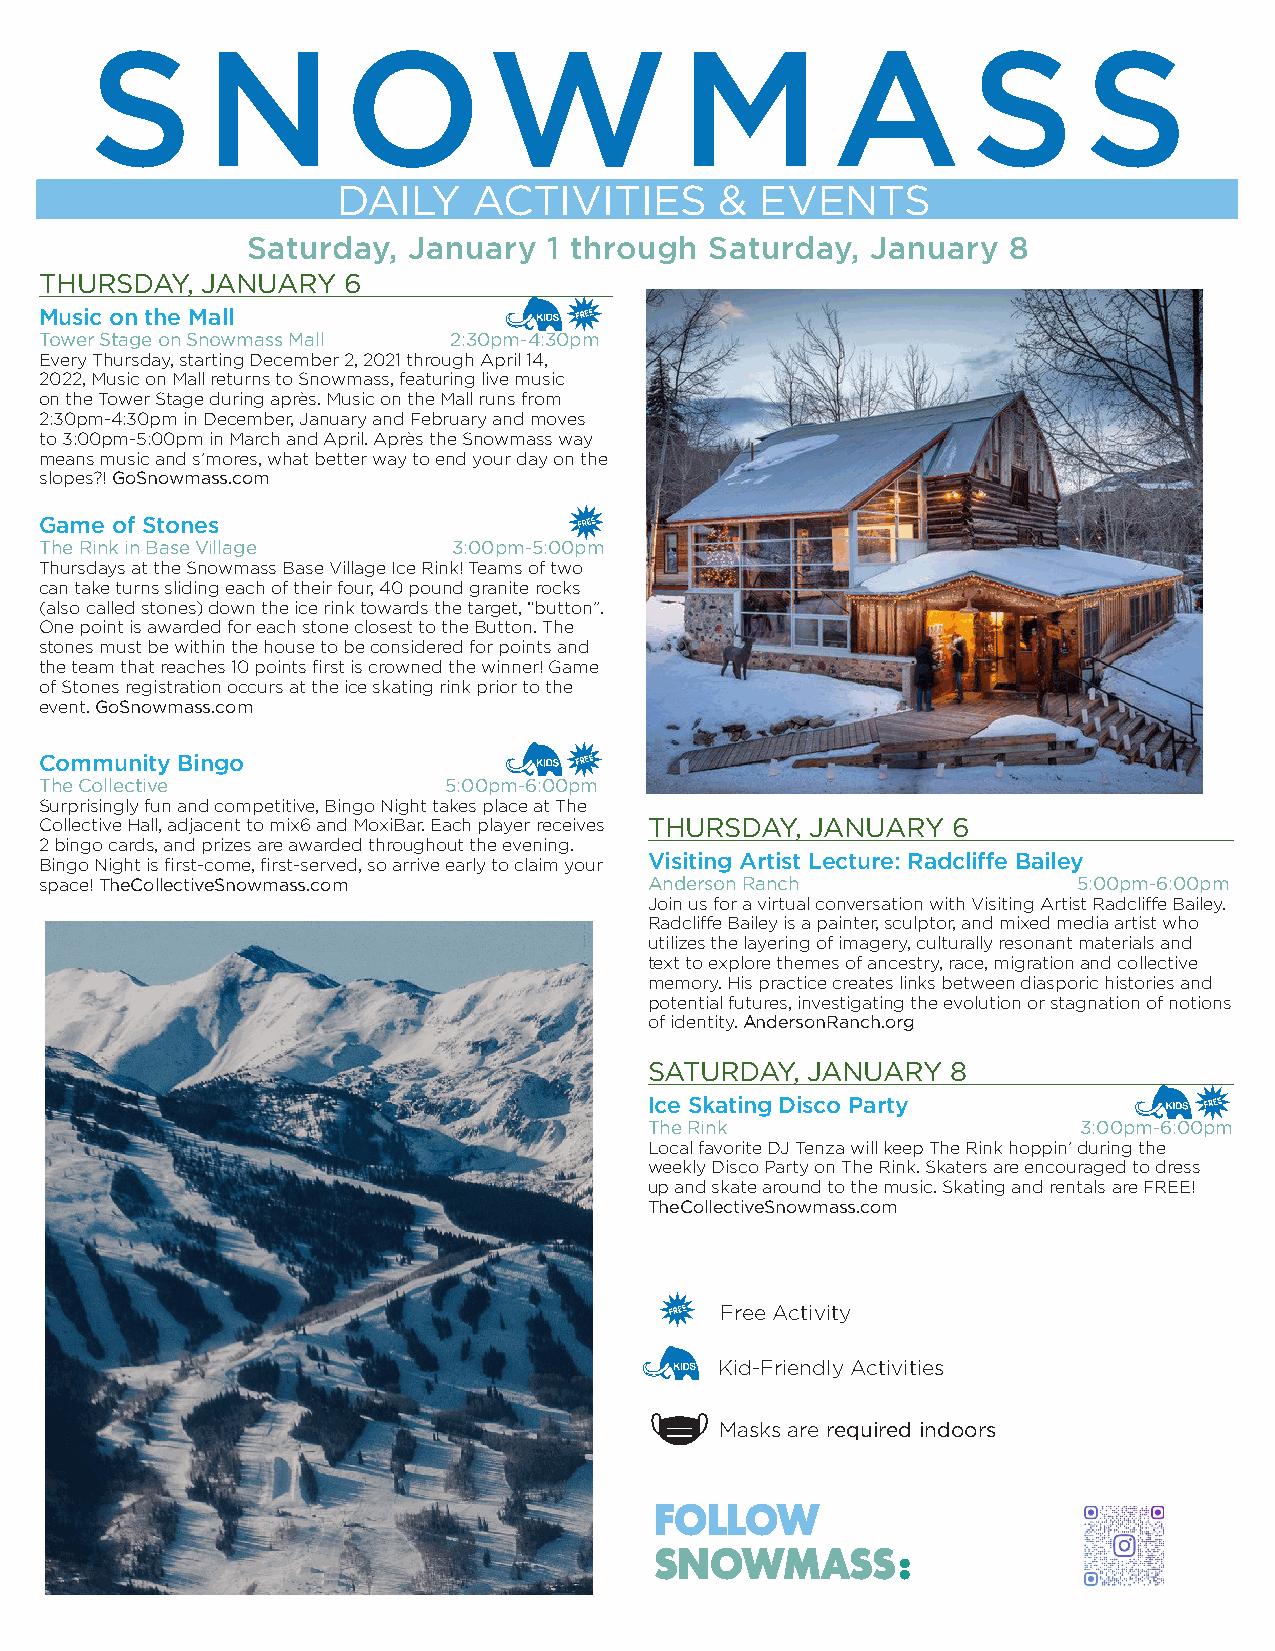
S       N        OW                    M         A        S       S
 DAILY    ACTIVITIES       & EVENTS
 Saturday,  January  1 through  Saturday,  January  8
 THURSDAY, JANUARY   6
 Music on the Mall
 Tower Stage on Snowmass Mall 2:30pm-4:30pm
 Every Thursday, starting December 2, 2021 through April 14,
 2022, Music on Mall returns to Snowmass, featuring live music
 on the Tower Stage during après. Music on the Mall runs from
 2:30pm-4:30pm in December, January and February and moves
 to 3:00pm-5:00pm in March and April. Après the Snowmass way
 means music and s’mores, what better way to end your day on the
 slopes?! GoSnowmass.com
 Game of Stones
 The Rink in Base Village   3:00pm-5:00pm
 Thursdays at the Snowmass Base Village Ice Rink! Teams of two
 can take turns sliding each of their four, 40 pound granite rocks
 (also called stones) down the ice rink towards the target, “button”.
 One point is awarded for each stone closest to the Button. The
 stones must be within the house to be considered for points and
 the team that reaches 10 points first is crowned the winner! Game
 of Stones registration occurs at the ice skating rink prior to the
 event. GoSnowmass.com
 Community Bingo
 The Collective            5:00pm-6:00pm
 Surprisingly fun and competitive, Bingo Night takes place at The
 Collective Hall, adjacent to mix6 and MoxiBar. Each player receives THURSDAY, JANUARY 6
 2 bingo cards, and prizes are awarded throughout the evening.
 Bingo Night is first-come, first-served, so arrive early to claim your Visiting Artist Lecture: Radcliffe Bailey
 space! TheCollectiveSnowmass.com        Anderson Ranch              5:00pm-6:00pm
 Join us for a virtual conversation with Visiting Artist Radcliffe Bailey.
 Radcliffe Bailey is a painter, sculptor, and mixed media artist who
 utilizes the layering of imagery, culturally resonant materials and
 text to explore themes of ancestry, race, migration and collective
 memory. His practice creates links between diasporic histories and
 potential futures, investigating the evolution or stagnation of notions
 of identity. AndersonRanch.org
 SATURDAY, JANUARY   8
 Ice Skating Disco Party
 The Rink                     3:00pm-6:00pm
 Local favorite DJ Tenza will keep The Rink hoppin’ during the
 weekly Disco Party on The Rink. Skaters are encouraged to dress
 up and skate around to the music. Skating and rentals are FREE!
 TheCollectiveSnowmass.com
 Free Activity
 Kid-Friendly Activities
 Masks are required indoors
 FOLLOW
 SNOWMASS: